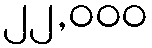
၂၂,၀၀၀